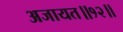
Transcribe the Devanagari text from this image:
अजायत॥१२॥